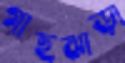
গাছঝাড়া